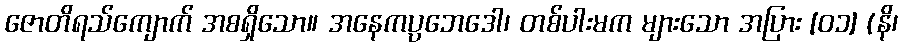
ဇောတိရသ်ကျောက် အစရှိသော။ အနေကပ္ပဘေဒေါ၊ တစ်ပါးမက များသော အပြား [၀၁] (နိ၊